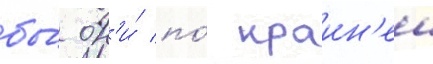
бы́ он'и́ по́ краин'еи